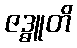
ဇဒ္ဓူတိ